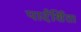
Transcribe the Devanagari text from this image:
पार्दर्शिता